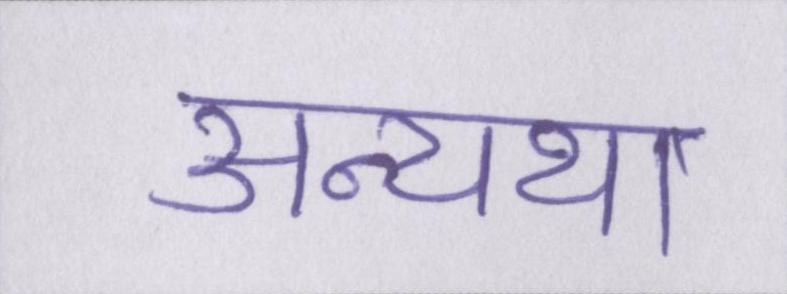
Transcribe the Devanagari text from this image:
अन्यथा